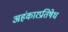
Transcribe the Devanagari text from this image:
अहंकारप्रतिषेध